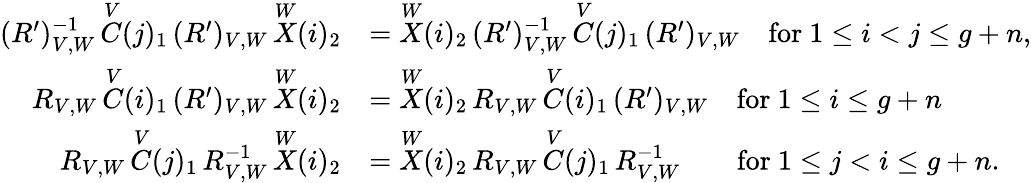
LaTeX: \begin{array}{rl}{(R^{\prime}){_{V,W}^{-1}}\, \overset{V}{C}(j)_{1}\, (R^{\prime})_{V,W}\, \overset{W}{X}(i)_{2}}&{=\overset{W}{X}(i)_{2}\, (R^{\prime}){_{V,W}^{-1}}\, \overset{V}{C}(j)_{1}\, (R^{\prime})_{V,W}\quad\mathrm{for~}1\leq i<j\leq g+n,}\\ {R_{V,W}\, \overset{V}{C}(i)_{1}\, (R^{\prime})_{V,W}\, \overset{W}{X}(i)_{2}}&{=\overset{W}{X}(i)_{2}\, R_{V,W}\, \overset{V}{C}(i)_{1}\, (R^{\prime})_{V,W}\quad\mathrm{for~}1\leq i\leq g+n}\\ {R_{V,W}\, \overset{V}{C}(j)_{1}\, R{_{V,W}^{-1}}\, \overset{W}{X}(i)_{2}}&{=\overset{W}{X}(i)_{2}\, R_{V,W}\, \overset{V}{C}(j)_{1}\, R{_{V,W}^{-1}}\quad\quad\mathrm{for~}1\leq j<i\leq g+n.}\end{array}